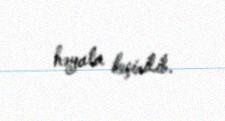
həyata keçirilib.